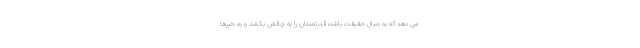
می دهد که به دنبال حقیقت باشد؛ قدرتمندان را به چالش بکشد و به خبرها